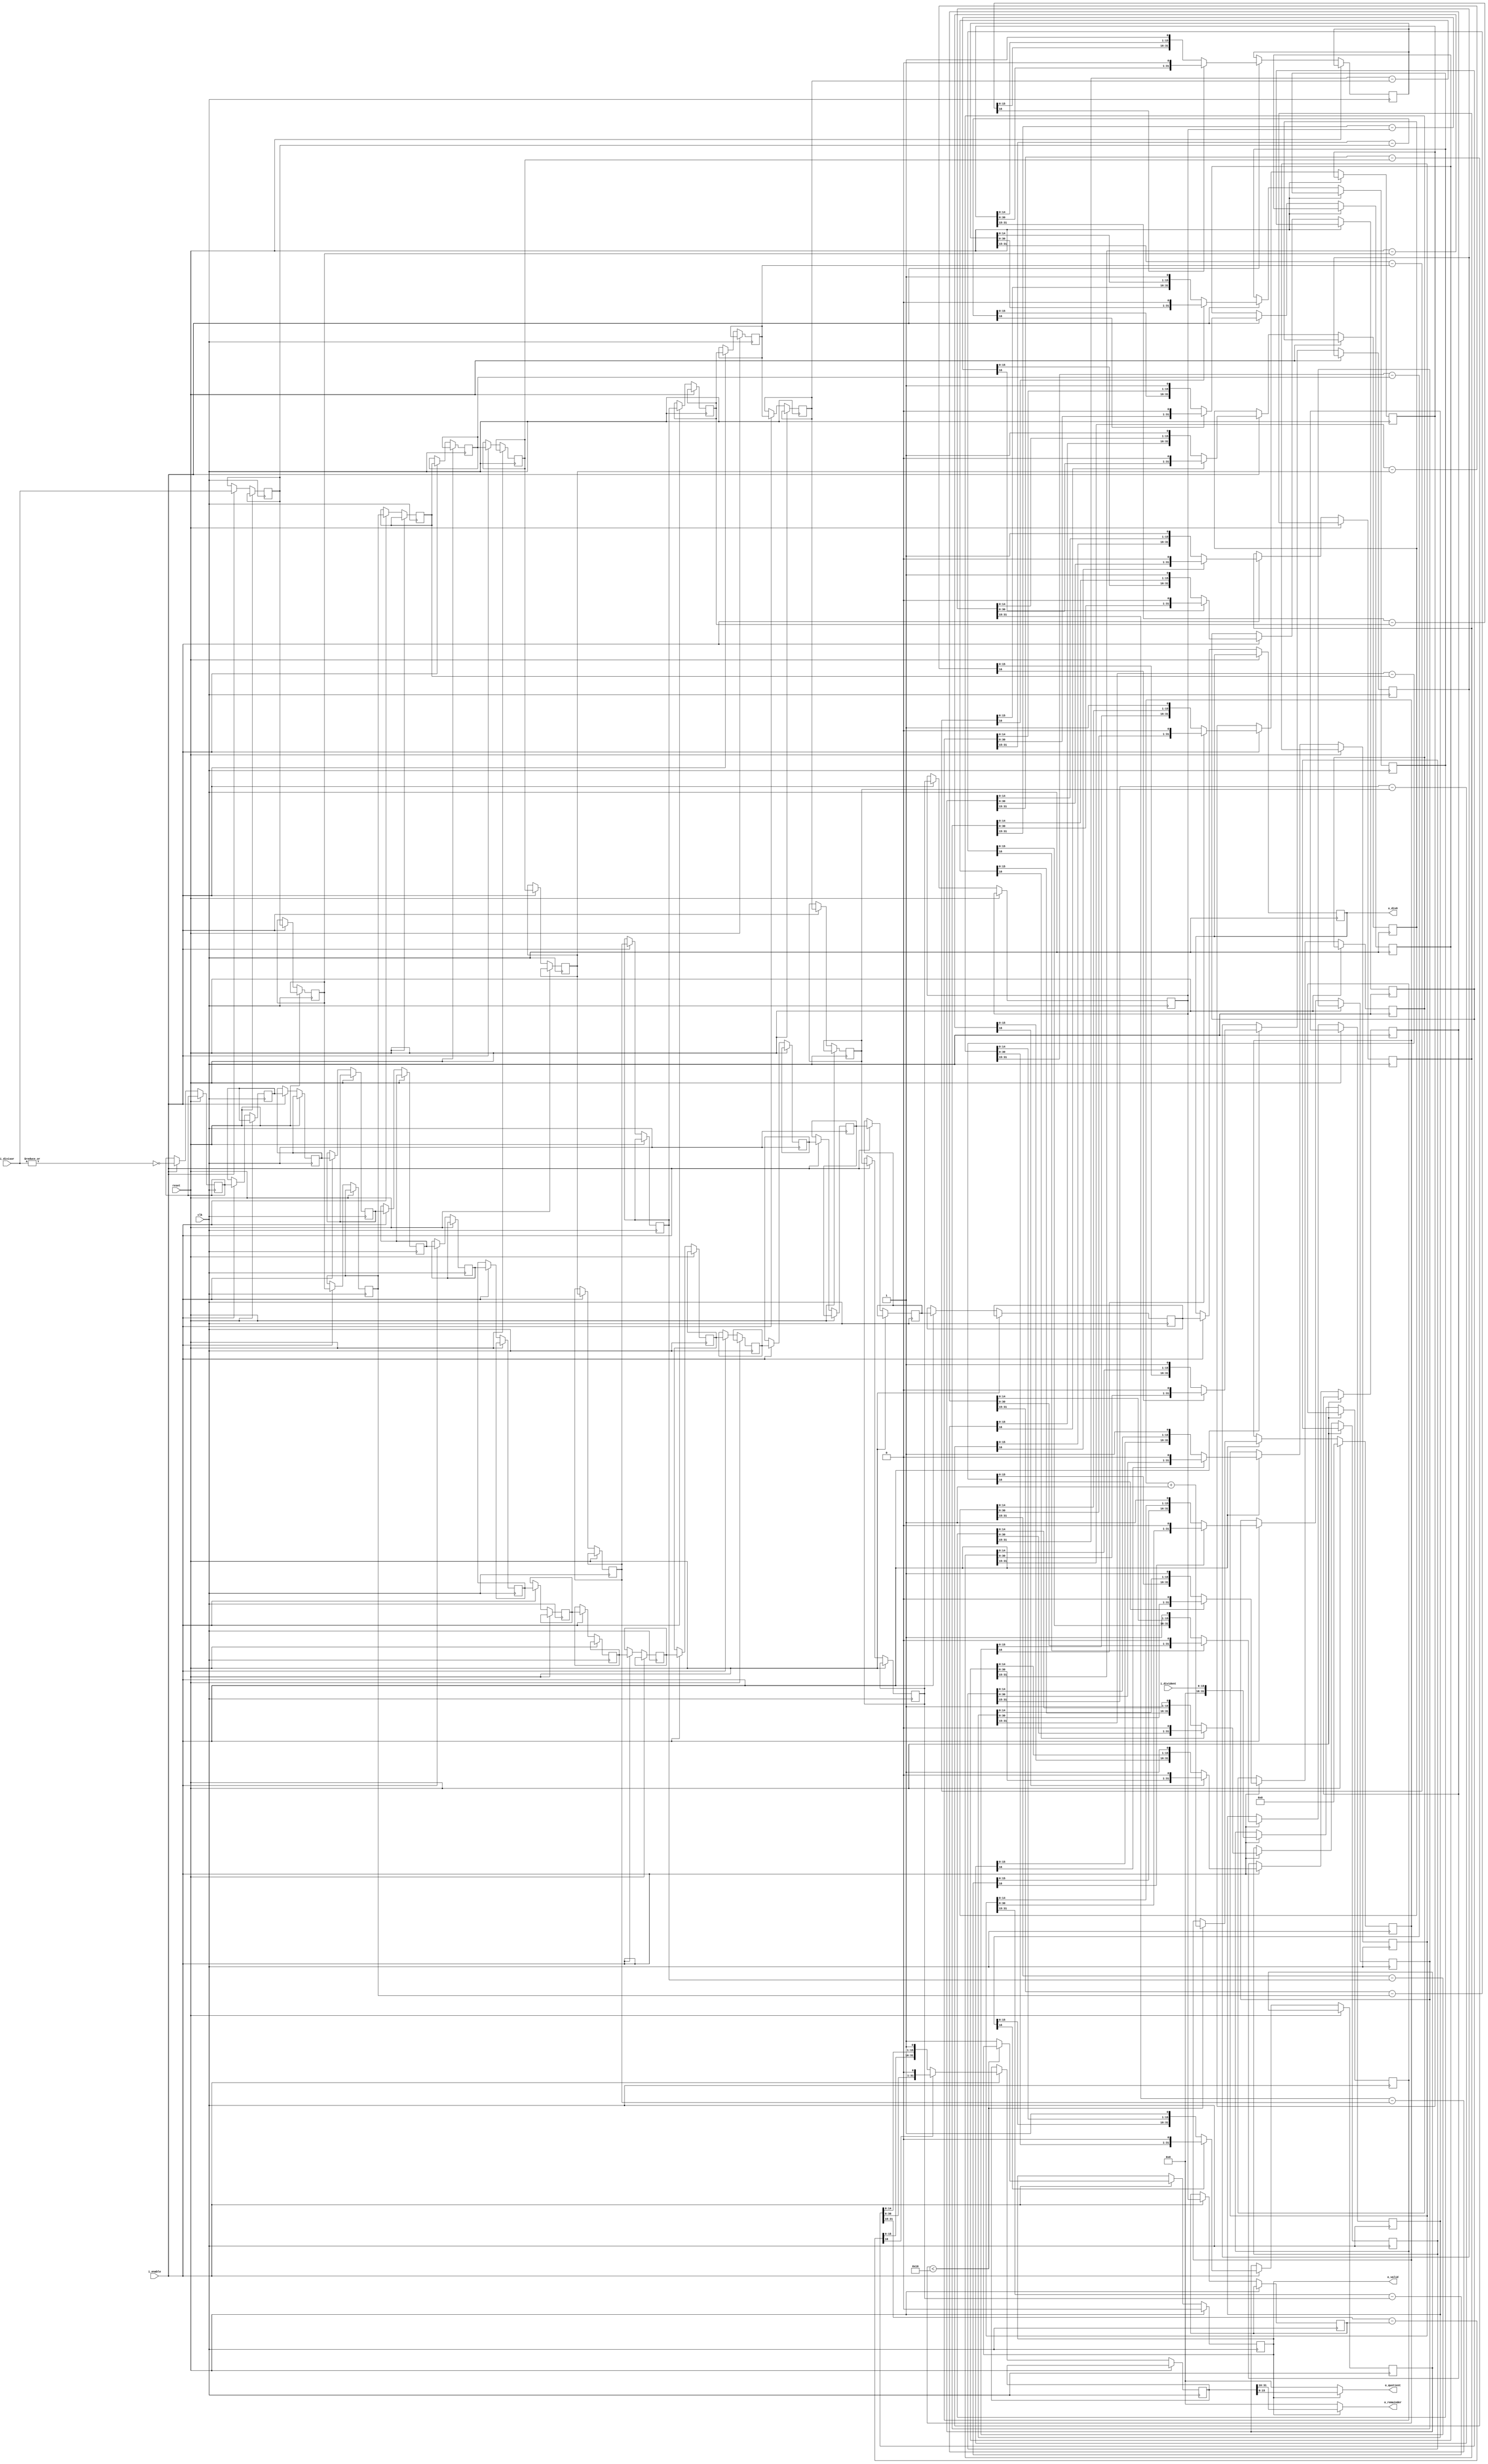
module div_uu(clk, reset, i_enable, i_divident, i_divisor, o_quotient, o_remainder, o_div0, o_valid);

    parameter WIDTH=16;

    input   clk;
	input	reset;
    input   i_enable;
    input   [WIDTH-1:0]	i_divident;     // divident
	input   [WIDTH-1:0] i_divisor;      // divisor
	output  [WIDTH-1:0]	o_quotient;     // quotient
	output  [WIDTH-1:0] o_remainder;    // remainder
	output				o_div0;
	output	reg			o_valid = 1'b0;

	reg [7:0]			r_step_ctr = 0;
	reg [WIDTH-1:0]     r_d_pipe  [WIDTH:0];
	reg [WIDTH*2-1:0]	r_qr_pipe [WIDTH:0];
	reg 				r_div0_pipe [WIDTH:0]; 

	function [WIDTH*2-1:0] gen_qr;
		input [WIDTH*2-1:0]	i_qr;
		input [WIDTH-1:0]	i_d;
		reg  [WIDTH:0] 		r_diff;
		begin
			r_diff = i_qr[WIDTH*2-1:WIDTH-1] - {1'b0, i_d};
			if (r_diff[WIDTH]) begin
				gen_qr = {i_qr[WIDTH*2-2:0], 1'b0};
			end
			else begin
				gen_qr = {r_diff[WIDTH-1:0], i_qr[WIDTH-2:0], 1'b1};
			end
		end 	
	endfunction

    integer i;

    assign o_remainder = o_valid ? r_qr_pipe[WIDTH][WIDTH*2-1:WIDTH] : 0;
    assign o_quotient = o_valid ? r_qr_pipe[WIDTH][WIDTH-1:0] : 0;
	assign o_div0 = r_div0_pipe[WIDTH];

    always @ (posedge clk) begin
		if (reset) begin
			r_step_ctr <= 8'd0;
			o_valid <= 1'b0;
		end
		else begin
			if (i_enable) begin
			
				for(i = 1; i <= WIDTH; i = i + 1) begin
					r_d_pipe[i] <= r_d_pipe[i - 1];
					r_div0_pipe[i] <= r_div0_pipe[i - 1];
				end
				r_d_pipe[0] <= i_divisor;
				r_div0_pipe[0] <= ~| i_divisor;
	
				for(i = 1; i <= WIDTH; i = i + 1) begin
					r_qr_pipe[i] <= gen_qr(r_qr_pipe[i - 1], r_d_pipe[i - 1]);
				end
				r_qr_pipe[0] <= {{WIDTH{1'b0}}, i_divident}; 	

				if (r_step_ctr < WIDTH) begin
					r_step_ctr <= r_step_ctr + 8'd1;
				end
				else begin
					o_valid <= 1'b1;
				end		
			end
			else begin
				// Nothing to do
			end
		end
    end

endmodule